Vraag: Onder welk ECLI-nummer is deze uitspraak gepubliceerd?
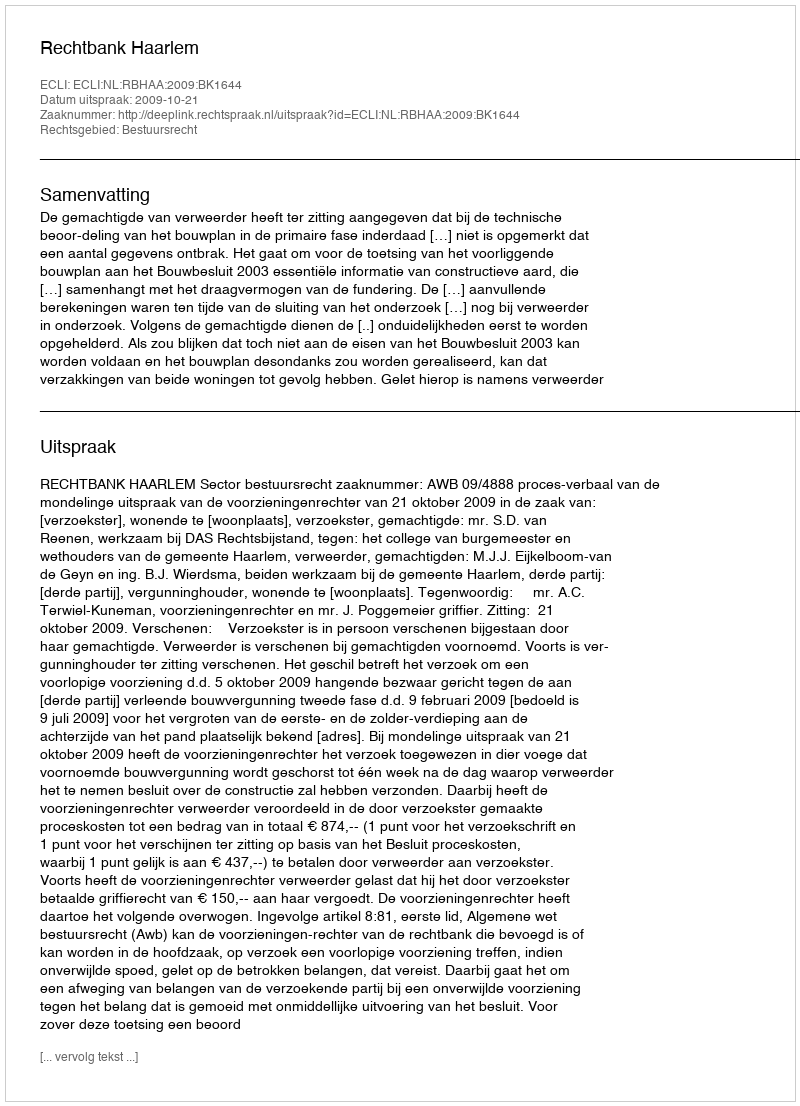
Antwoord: ECLI:NL:RBHAA:2009:BK1644